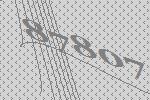
87807